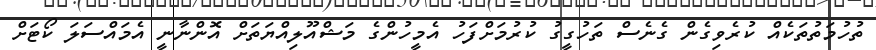
ތުހުމަތުތަކެއް ކުރެވިގެން ގެނެސް ތަހުގީގު ކުރުމަށްފަހު އެމީހުންގެ މަޝްއޫލިއްޔަތަށް އޮންނާނީ އެމައްސަލަ ކޯޓަށް